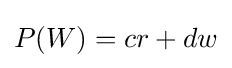
P(W)=cr+dw